Civil Veterinary Department Bengal reports 1933-51 - 1933-1951
Year: 1933
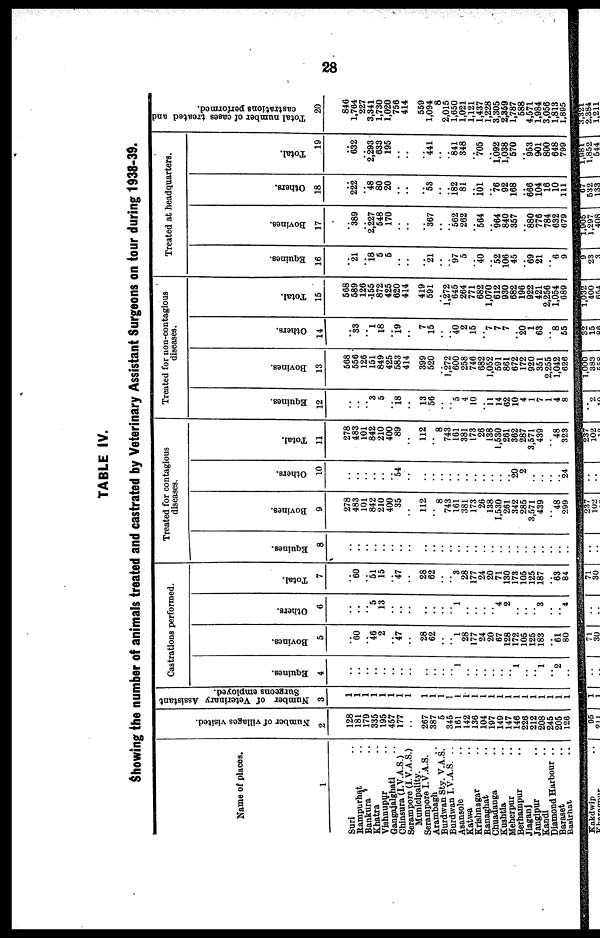
28
TABLE IV.
Showing the number of animals treated and castrated by Veterinary Assistant Surgeons on tour during 1938-39.
Name of places.
1
Suri ..
Rampurhat ..
Bankura ..
Khatra ..
Vishnupur ..
Gangajalghati ..
Chinsura (I.V.A.S.)
Serampore (I.V.A.S.)
Municipality.
Serampore I.V.A.S.
Arambagh
..
Burdwan Sty. V.A.S.
Burdwan I.V.A.S. ..
Asansole ..
Katwa ..
Krishna gar
Ranaghat ..
Chuadanga ..
Kushtia ..
Meherpur ..
Berhampur ..
Jiaganj
Jangipur ..
Kandi ..
Diamond Harbour ..
Baraset ..
Basirhat ..
Number of villages visited.
2
128
181
179
335
195
457
177
..
267
387
5
345
161
142
136
104
197
149
147
146
226
212
208
245
205
126
Number of Veterinary Assistant
Surgeons employed.
3
1
1
1
1
1 1
1 1
1
1
1
1
1
1
1
1
1
1
1
1
1
1
1
1
1
1
Castrations performed.
Equines.
4
..
..
..
..
.. ..
.. ..
..
..
..
.. l
..
..
..
..
..
.. 1
..
.. 1
.. 2
..
Bovines.
5
..
60
.. 46
2
..
47
..
28
62
..
.. 1
28
177
24
20
67
128
172
105
125
183
.. 61
80
Others.
6
..
..
.. 5
13
..
..
..
..
..
..
.. 1
..
..
..
.. 4
2
..
..
.. 3
..
.. 4
Total.
7
..
60
51
15
..
47
..
28
62
..
.. 3
28
177
24
20
71
130
173
105
125
187
.. 63
84
Treated for contagious
diseases.
Equines.
8
..
..
..
..
.. ....
..
..
..
..
..
..
..
..
..
..
..
..
..
..
..
..
..
..
..
..
Bovines.
9
278
483
101
842
210
400
35
..
112
..
8
743
161
381
173
26
138
1,530
261
342
285
3,571
439
.. "48
299
Others.
10
..
..
..
..
.. ..
54
..
..
..
..
..
..
..
..
..
..
..
.. 20
2
..
..
..
24
Total.
11
278
483
101
842
210
400
89
..
112
8
743
161
381
173
26
138
1,530
261
362
287
3,571
439
"48
323
Treated for non-contagious
diseases.
Equines.
12
..
..
.. 3
5
..
18
..
13
56
..
.. 5
4
10
11
14
62
10
4
1
7
1
4
8
Bovines.
13
568
556
126
151
849
425
583
414
399
520
.. 1,272
600
258
746
682
1,052
591
861
672
172
920
351
2,255
1,042
626
Others.
14
..
33
1
18
*19
7
15
..
.. 40
2
15
7
7
7
.. 20
1
63
"8
55
Total.
15
568
589
126
155
872
425
620
414
419
591
.. 1,272
645
264
771
682
1,070
612
930
682
196
922
421
2,256
1,054
689
Treated at headquarters.
Equines.
16
..
21
18 5
5
..
..
.. 21
..
97
5
.. 40
.. 52
106
45
.. 69
21
.. 6
9
Bovines.
17
..
389
.. 2,227
548
170
..
..
.. 367
..
.. 562
262
.. 564
.. 964
840
357
.. 880
776
784
632
679
Others.
18
..
222
48
80
20
..
..
.. 53
..
.. i82
81
101
76
92
168
666
104
16
10
111
Total.
.19
..
632
.. 2,293
633
195
..
..
.. 441
..
.. 841
348
.. 705
.. 1,092
1,038
570
953
901
800
648
799
Total number of cases treated and
castrations performed.
20
846
1,764
227
3,341
1,730
1,020
756
414
559
1,094
8
2,015
1,650
1,021
1,121
1,437
1,228
3,305
2,359
1,787
588
4,571
1,984
3,056
1,813
1.895